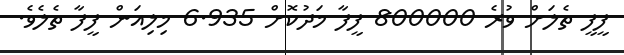
ފީފީ ތެލަށް ވުރެ 800000 ފީފާ މަދުކޮށް 6.935 މިލިއަން ފީފާ ތެލެވެ.